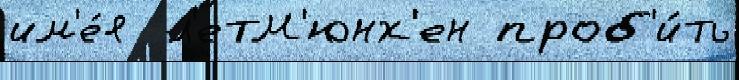
им'е́я  л'етМ'юнх'ен проб'и́ть